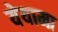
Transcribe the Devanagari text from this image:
येयामा